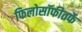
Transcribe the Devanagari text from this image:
फिलोसॉफीतर्फे